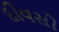
દીવસો